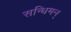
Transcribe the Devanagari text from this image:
सन्धिमन्